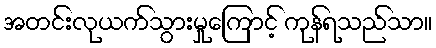
အတင်းလုယက်သွားမှုကြောင့် ကုန်ရသည်သာ။